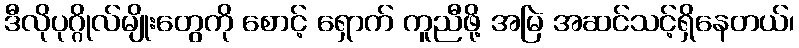
ဒီလိုပုဂ္ဂိုလ်မျိုးတွေကို စောင့် ရှောက် ကူညီဖို့ အမြဲ အဆင်သင့်ရှိနေတယ်၊